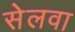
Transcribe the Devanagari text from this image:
सेलवा